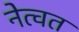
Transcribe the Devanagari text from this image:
नेत्वत